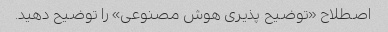
اصطلاح «توضیح پذیری هوش مصنوعی» را توضیح دهید.